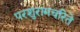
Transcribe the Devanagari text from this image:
परशुरामचरिते